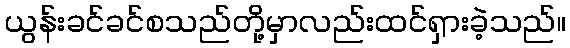
ယွန်းခင်ခင်စသည်တို့မှာလည်းထင်ရှားခဲ့သည်။